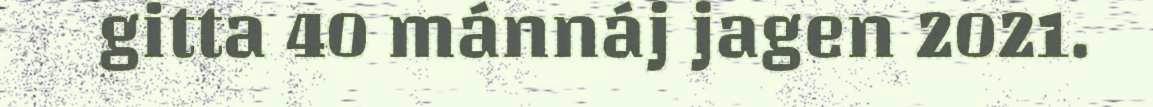
gitta 40 mánnáj jagen 2021.